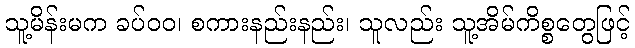
သူ့မိန်းမက ခပ်ဝဝ၊ စကားနည်းနည်း၊ သူလည်း သူ့အိမ်ကိစ္စတွေဖြင့်